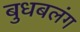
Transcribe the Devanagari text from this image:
बुधबलंग